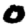
Digit: 0